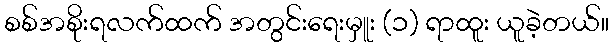
စစ်အစိုးရလက်ထက် အတွင်းရေးမှူး (၁) ရာထူး ယူခဲ့တယ်။